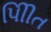
પીિીત